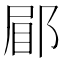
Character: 𮟿